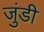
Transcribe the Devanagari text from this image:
जुंडी